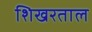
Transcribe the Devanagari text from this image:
शिखरताल